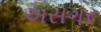
અસગર